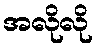
အလိုလို